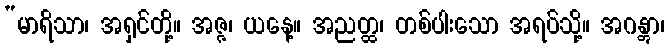
“မာရိသာ၊ အရှင်တို့။ အဇ္ဇ၊ ယနေ့။ အညတ္ထ၊ တစ်ပါးသော အရပ်သို့။ အဂန္တွာ၊